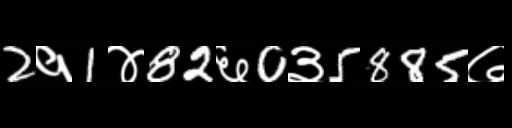
Text: 2१1४82६0३5885७